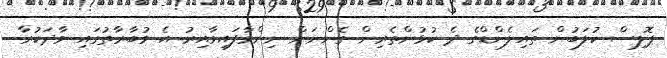
ޕޮލިސް ކުލަބުން ތައިލެންޑްގެ ދެ ކުޅުންތެރިން ގެންނަން ނިންމާފައިވާއިރު އެ މުބާރާތުގައި ވާދަކުރާ